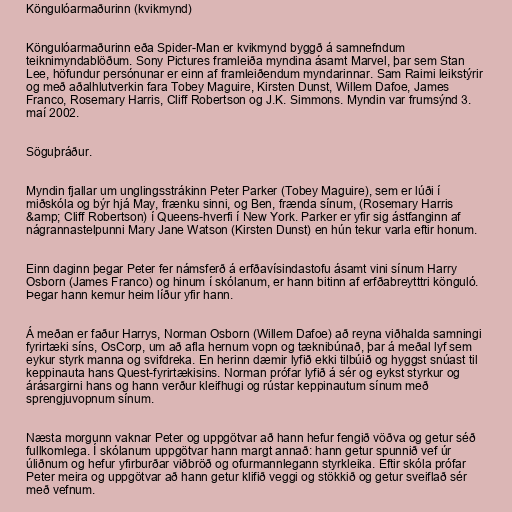
Köngulóarmaðurinn (kvikmynd)

Köngulóarmaðurinn eða Spider-Man er kvikmynd byggð á samnefndum
teiknimyndablöðum. Sony Pictures framleiða myndina ásamt Marvel, þar sem Stan
Lee, höfundur persónunar er einn af framleiðendum myndarinnar. Sam Raimi leikstýrir
og með aðalhlutverkin fara Tobey Maguire, Kirsten Dunst, Willem Dafoe, James
Franco, Rosemary Harris, Cliff Robertson og J.K. Simmons. Myndin var frumsýnd 3.
maí 2002.

Söguþráður.

Myndin fjallar um unglingsstrákinn Peter Parker (Tobey Maguire), sem er lúði í
miðskóla og býr hjá May, frænku sinni, og Ben, frænda sínum, (Rosemary Harris
&amp; Cliff Robertson) í Queens-hverfi í New York. Parker er yfir sig ástfanginn af
nágrannastelpunni Mary Jane Watson (Kirsten Dunst) en hún tekur varla eftir honum.

Einn daginn þegar Peter fer námsferð á erfðavísindastofu ásamt vini sínum Harry
Osborn (James Franco) og hinum í skólanum, er hann bitinn af erfðabreytttri könguló.
Þegar hann kemur heim líður yfir hann.

Á meðan er faður Harrys, Norman Osborn (Willem Dafoe) að reyna viðhalda samningi
fyrirtæki síns, OsCorp, um að afla hernum vopn og tæknibúnað, þar á meðal lyf sem
eykur styrk manna og svifdreka. En herinn dæmir lyfið ekki tilbúið og hyggst snúast til
keppinauta hans Quest-fyrirtækisins. Norman prófar lyfið á sér og eykst styrkur og
árásargirni hans og hann verður kleifhugi og rústar keppinautum sínum með
sprengjuvopnum sínum.

Næsta morgunn vaknar Peter og uppgötvar að hann hefur fengið vöðva og getur séð
fullkomlega. Í skólanum uppgötvar hann margt annað: hann getur spunnið vef úr
úliðnum og hefur yfirburðar viðbröð og ofurmannlegann styrkleika. Eftir skóla prófar
Peter meira og uppgötvar að hann getur klifið veggi og stökkið og getur sveiflað sér
með vefnum.